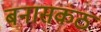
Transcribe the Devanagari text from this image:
बनासकंठ